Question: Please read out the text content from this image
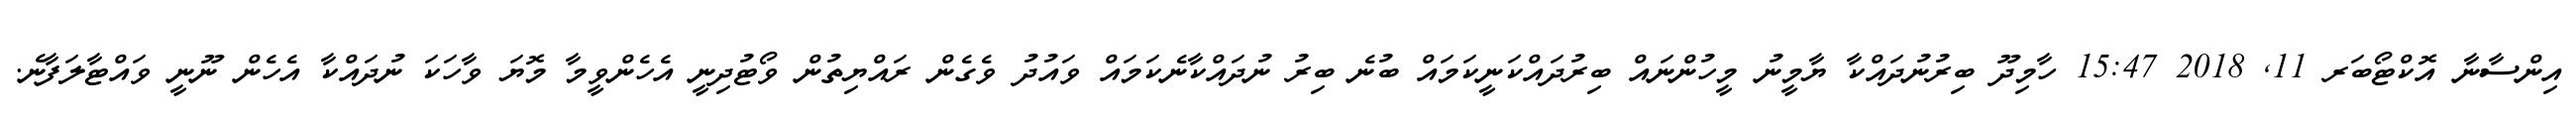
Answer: އިންސާނާ އޮކްޓޯބަރ 11, 2018 15:47 ހާމިދޫ ބިރުނުދައްކާ ޔާމީނު މީހުންނައް ބިރުދައްކަނީކަމައް ބުނެ ބިރު ނުދައްކާނެކަމައް ވައުދު ވެގެން ރައްޔިތުން ވޯޓުދިނީ އެހެންވީމާ މޮޔަ ވާހަކަ ނުދައްކާ އެހެން ނޫނީ ވައްޓާލަފާނެ.